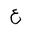
Letter: _ayn